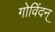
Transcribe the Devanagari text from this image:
गोविंदन्